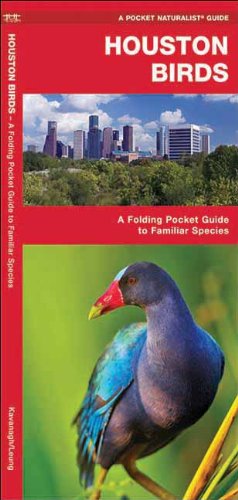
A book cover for Houston Birds: A Folding Pocket Guide to Familiar Species of the Upper Texas Coast (Pocket Naturalist Guide Series); James Kavanagh; Travel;